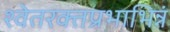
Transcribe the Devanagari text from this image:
श्वेतरक्तप्रभाभिन्नं